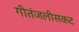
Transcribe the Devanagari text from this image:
गीतंजलीसकट